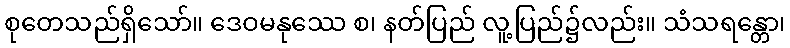
စုတေသည်ရှိသော်။ ဒေဝမနုဿေ စ၊ နတ်ပြည် လူ့ပြည်၌လည်း။ သံသရန္တော၊